Leaving Certificate Examination (including Day School Certificate (Higher) General paper), 1931
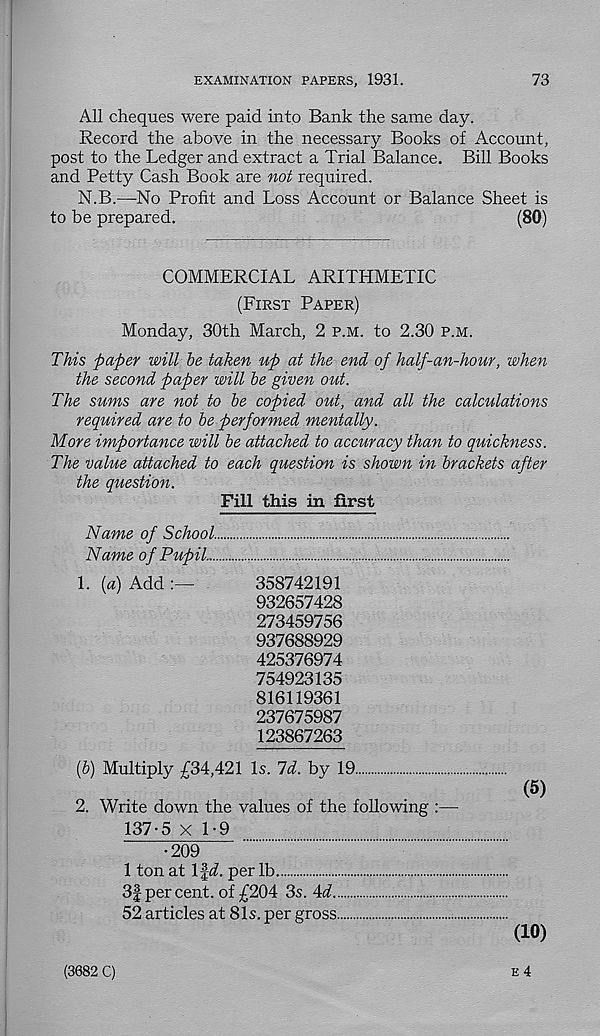
EXAMINATION PAPERS, 1931.
73
All cheques were paid into Bank the same day.
Record the above in the necessary Books of Account,
post to the Ledger and extract a Trial Balance. Bill Books
and Petty Cash Book are not required.
N.B.—No Profit and Loss Account or Balance Sheet is
to be prepared.
(80)
COMMERCIAL ARITHMETIC
(First Paper)
Monday, 30th March, 2 p.m. to 2.30 p.m.
This paper will he taken up at the end of half-an-hour, when
the second paper will he given out.
The sums are not to he copied out, and all the calculations
required are to he performed mentally.
More importance will he attached to accuracy than to quickness.
The value attached to each question is shown in brackets after
the question.
Fill this in first
Name of School
Name of Pupil.
1. (a) Add
358742191
932657428
273459756
937688929
425376974
754923135
816119361
237675987
123867263
(h) Multiply £34,421 Is. Id. by 19
2. Write down the values of the following :—
137-5 X 1-9
•209
1 ton at Ifi. per lb
3f per cent, of £204 3s. 4i
52 articles at 81s. per gross
...
(5)
(10)
E 4
(3682 C)